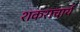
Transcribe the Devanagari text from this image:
शकराचार्य